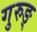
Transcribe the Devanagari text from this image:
गुरुङ्‌